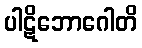
ပါဋိဘောဂေါတိ